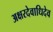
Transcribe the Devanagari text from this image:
अक्षरदेवाधिदेव